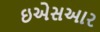
ઇએસઆર